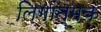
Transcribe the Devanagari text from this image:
लिगांत्मक